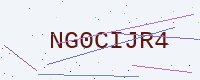
Text: NG0CIJR4